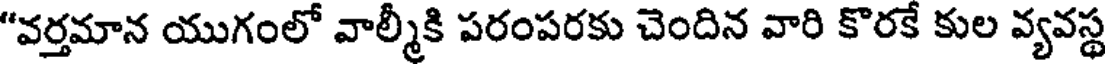
"వర్తమాన యుగంలో వాల్మీకి పరంపరకు చెందిన వారి కొరకే కుల వ్యవస్థ